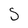
Character: S